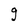
Character: g